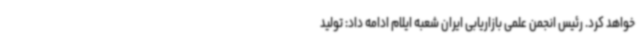
خواهد کرد. رئیس انجمن علمی بازاریابی ایران شعبه ایلام ادامه داد: تولید